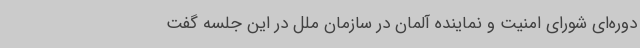
دوره‌ای شورای امنیت و نماینده آلمان در سازمان ملل در این جلسه گفت